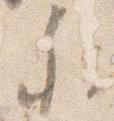
参